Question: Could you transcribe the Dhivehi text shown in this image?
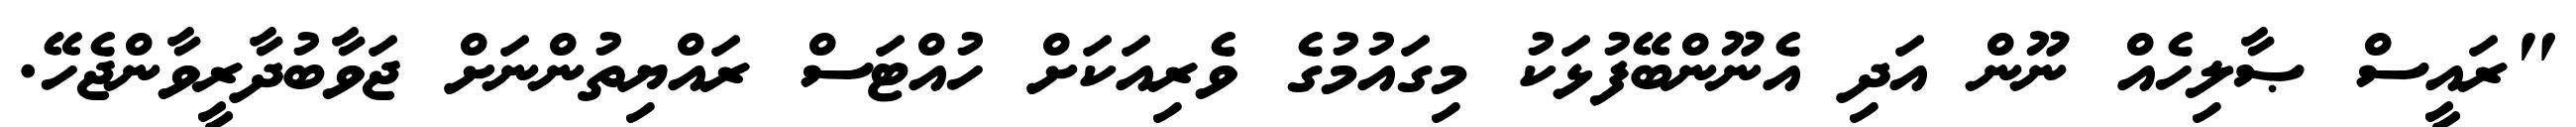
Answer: "ރައީސް ޞާލިހެއް ނޫން އަދި އެނޫންބޭފުޅަކު މިގައުމުގެ ވެރިއަކަށް ހުއްޓަސް ރައްޔިތުންނަށް ޖަވާބުދާރީވާންޖެހޭ.